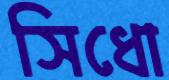
সিধো